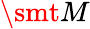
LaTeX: \smt{M}